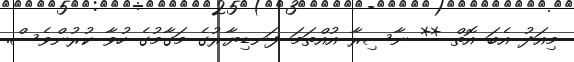
މިއަދު އެބަ އޮތް ** ނާސިރާ އުއްތަމަ ފަނޑިޔާރުގެ މަގާމުގެ ހުވާ ކުރުންވެސް.